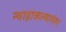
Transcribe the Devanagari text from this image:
न्याहाळल्यानंतर